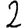
Digit: 2